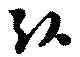
引